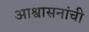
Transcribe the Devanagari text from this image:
आश्वासनांची